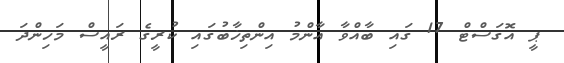
ޕީ އޮގަސްޓް 17 ގައި ބާއްވާ އާންމު އިންތިޚާބުގައި ކުރީގެ ރައީސް މަހިންދަ